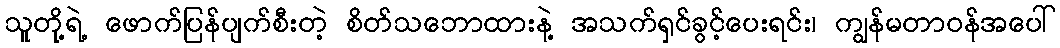
သူတို့ရဲ့ ဖောက်ပြန်ပျက်စီးတဲ့ စိတ်သဘောထားနဲ့ အသက်ရှင်ခွင့်ပေးရင်း၊ ကျွန်မတာဝန်အပေါ်